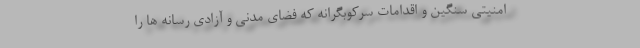
امنیتی سنگین و اقدامات سرکوبگرانه که فضای مدنی و آزادی رسانه ها را